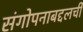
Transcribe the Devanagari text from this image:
संगोपनाबद्दलची